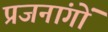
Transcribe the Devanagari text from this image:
प्रजनांगों